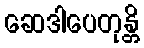
ဆေဒါပေတုန္တိ